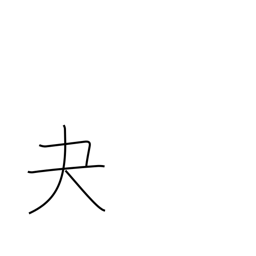
Meaning: archery glove